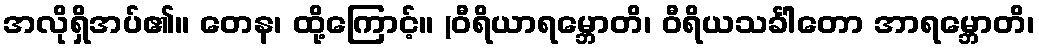
အလိုရှိအပ်၏။ တေန၊ ထို့ကြောင့်။ (ဝီရိယာရမ္ဘောတိ၊ ဝီရိယသင်္ခါတော အာရမ္ဘောတိ၊